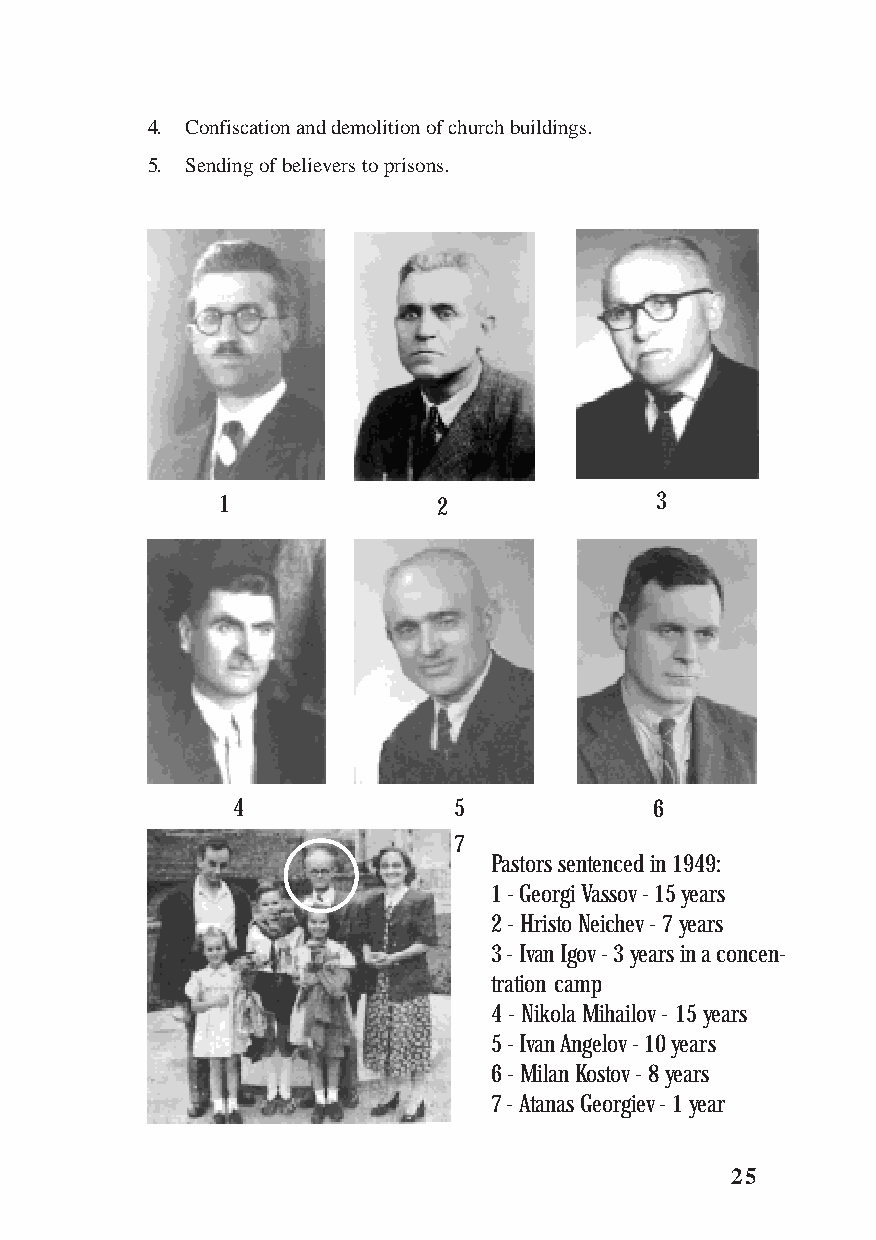
4. Confiscation and demolition of church buildings.
 5. Sending of believers to prisons.
 1              2             3
 4              5            6
 7
 Pastors sentenced in 1949:
 1 - Georgi Vassov - 15 years
 2 - Hristo Neichev - 7 years
 3 - Ivan Igov - 3 years in a concen-
 tration camp
 4 - Nikola Mihailov - 15 years
 5 - Ivan Angelov - 10 years
 6 - Milan Kostov - 8 years
 7 - Atanas Georgiev - 1 year
 25